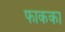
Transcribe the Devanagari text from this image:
फाकका